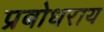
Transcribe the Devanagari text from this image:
प्रबोधराय